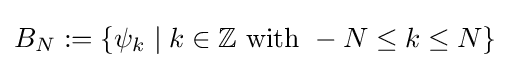
B_{N}:=\{\psi _{k}\mid k\in \mathbb {Z} {\text{ with }}-N\leq k\leq N\}